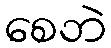
စေဘဲ